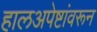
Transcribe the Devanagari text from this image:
हालअपेष्टांवरून